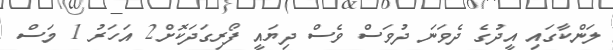
ލަންކާގައި އީދުގެ ދެވަނަ ދުވަސް ވެސް ދިޔައީ ފޯރިގަދަކޮށް2 އަހަރު 1 މަސް